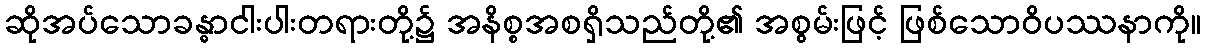
ဆိုအပ်သောခန္ဓာငါးပါးတရားတို့၌ အနိစ္စအစရှိသည်တို့၏ အစွမ်းဖြင့် ဖြစ်သောဝိပဿနာကို။